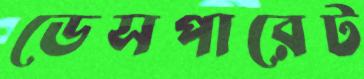
ডেসপারেট